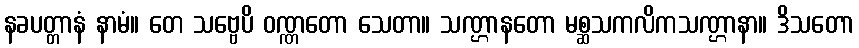
နခပတ္တာနံ နာမံ။ တေ သဗ္ဗေပိ ဝဏ္ဏတော သေတာ။ သဏ္ဌာနတော မစ္ဆသကလိကသဏ္ဌာနာ။ ဒိသတော